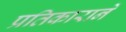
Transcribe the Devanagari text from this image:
प्रतिकाराने